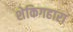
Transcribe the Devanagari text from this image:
शेकिगहारा